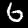
Digit: 6